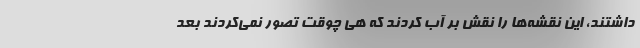
داشتند، این نقشه‌ها را نقش بر آب کردند که هی چوقت تصور نمی‌کردند بعد